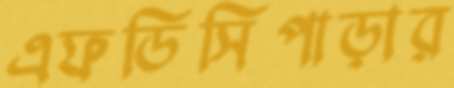
এফডিসিপাড়ার